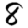
Digit: 8